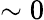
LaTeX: \sim 0